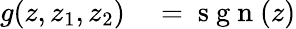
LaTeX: \begin{array}{rl}{g(z,z_{1},z_{2})}&{{}=\mathrm{~s~g~n~}(z)}\end{array}